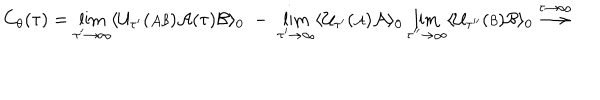
C _ { \theta } ( \tau ) = \lim _ { \tau ^ { \prime } \rightarrow \infty } \langle { \cal U } _ { \tau ^ { \prime } } ( { \scriptstyle { \cal A B } } ) { \cal A } ( \tau ) { \cal B } \rangle _ { 0 } \; - \; \lim _ { \tau ^ { \prime } \rightarrow \infty } \langle { \cal U } _ { \tau ^ { \prime } } ( { \scriptstyle { \cal A } } ) { \cal A } \rangle _ { 0 } \lim _ { \tau ^ { \prime \prime } \rightarrow \infty } \langle { \cal U } _ { \tau ^ { \prime \prime } } ( { \scriptstyle { \cal B } } ) { \cal B } \rangle _ { 0 } \stackrel { \tau \rightarrow \infty } { \longrightarrow }